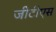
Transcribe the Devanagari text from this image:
जीटीएस